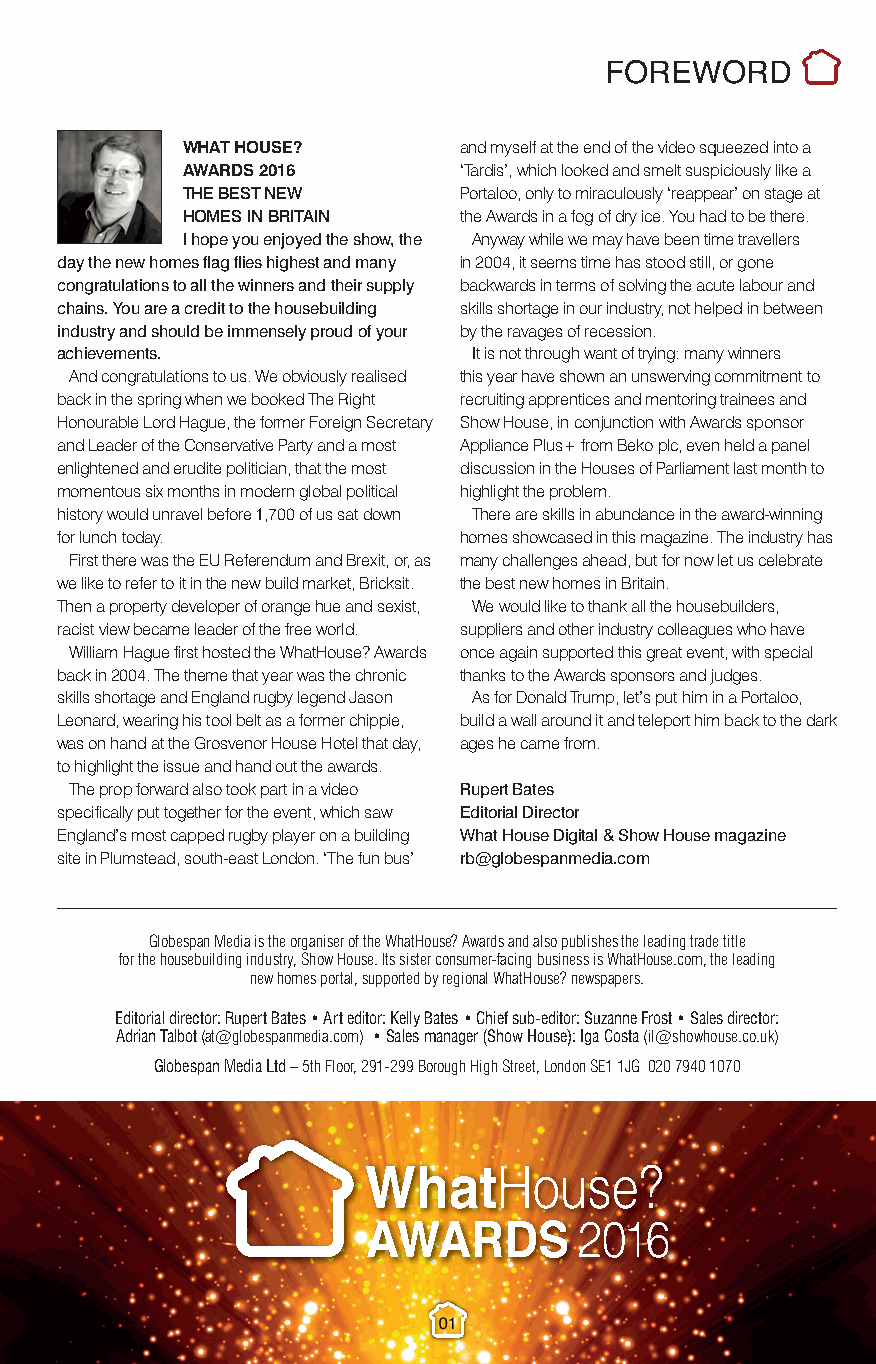
Foreword.qxp_Layout 1 10/11/2016 20:38 Page 1
 FOREWORD
 WHAT HOUSE?       and myself at the end of the video squeezed into a
 AWARDS 2016       ‘Tardis’, which looked and smelt suspiciously like a
 THE BEST NEW      Portaloo, only to miraculously ‘reappear’ on stage at
 HOMES IN BRITAIN  the Awards in a fog of dry ice. You had to be there.
 I hope you enjoyed the show, the Anyway while we may have been time travellers
 day the new homes flag flies highest and many in 2004, it seems time has stood still, or gone
 congratulations to all the winners and their supply backwards in terms of solving the acute labour and
 chains. You are a credit to the housebuilding skills shortage in our industry, not helped in between
 industry and should be immensely proud of your by the ravages of recession.
 achievements.              It is not through want of trying: many winners
 And congratulations to us. We obviously realised this year have shown an unswerving commitment to
 back in the spring when we booked The Right recruiting apprentices and mentoring trainees and
 Honourable Lord Hague, the former Foreign Secretary Show House, in conjunction with Awards sponsor
 and Leader of the Conservative Party and a most Appliance Plus+ from Beko plc, even held a panel
 enlightened and erudite politician, that the most discussion in the Houses of Parliament last month to
 momentous six months in modern global political highlight the problem.
 history would unravel before 1,700 of us sat down There are skills in abundance in the award-winning
 for lunch today.          homes showcased in this magazine. The industry has
 First there was the EU Referendum and Brexit, or, as many challenges ahead, but for now let us celebrate
 we like to refer to it in the new build market, Bricksit. the best new homes in Britain.
 Then a property developer of orange hue and sexist, We would like to thank all the housebuilders,
 racist view became leader of the free world. suppliers and other industry colleagues who have
 William Hague first hosted the WhatHouse? Awards once again supported this great event, with special
 back in 2004. The theme that year was the chronic thanks to the Awards sponsors and judges.
 skills shortage and England rugby legend Jason As for Donald Trump, let’s put him in a Portaloo,
 Leonard, wearing his tool belt as a former chippie, build a wall around it and teleport him back to the dark
 was on hand at the Grosvenor House Hotel that day, ages he came from.
 to highlight the issue and hand out the awards.
 The prop forward also took part in a video Rupert Bates
 specifically put together for the event, which saw Editorial Director
 England’s most capped rugby player on a building What House Digital & Show House magazine
 site in Plumstead, south-east London. ‘The fun bus’ rb@globespanmedia.com
 Globespan Media is the organiser of the WhatHouse? Awards and also publishes the leading trade title
 for the housebuilding industry, Show House. Its sister consumer-facing business is WhatHouse.com, the leading
 new homes portal, supported by regional WhatHouse? newspapers.
 Editorial director: Rupert Bates• Art editor: Kelly Bates• Chief sub-editor: Suzanne Frost• Sales director:
 Adrian Talbot(at@globespanmedia.com) • Sales manager (Show House): Iga Costa(il@showhouse.co.uk)
 Globespan Media Ltd –5th Floor, 291-299 Borough High Street, London SE1 1JG 020 7940 1070
 01